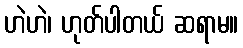
ဟဲဟဲ၊ ဟုတ်ပါတယ် ဆရာမ။